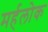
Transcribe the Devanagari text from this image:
मर्हलोक